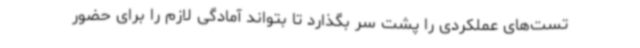
تست‌های عملکردی را پشت سر بگذارد تا بتواند آمادگی لازم را برای حضور